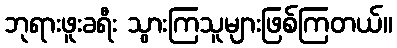
ဘုရားဖူးခရီး သွားကြသူများဖြစ်ကြတယ်။